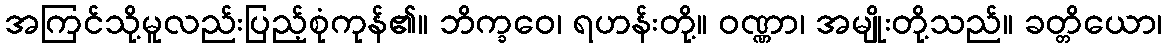
အကြင်သို့မူလည်းပြည့်စုံကုန်၏။ ဘိက္ခဝေ၊ ရဟန်းတို့။ ဝဏ္ဏာ၊ အမျိုးတို့သည်။ ခတ္တိယော၊